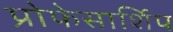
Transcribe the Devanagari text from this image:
प्रोफेसार्शिप